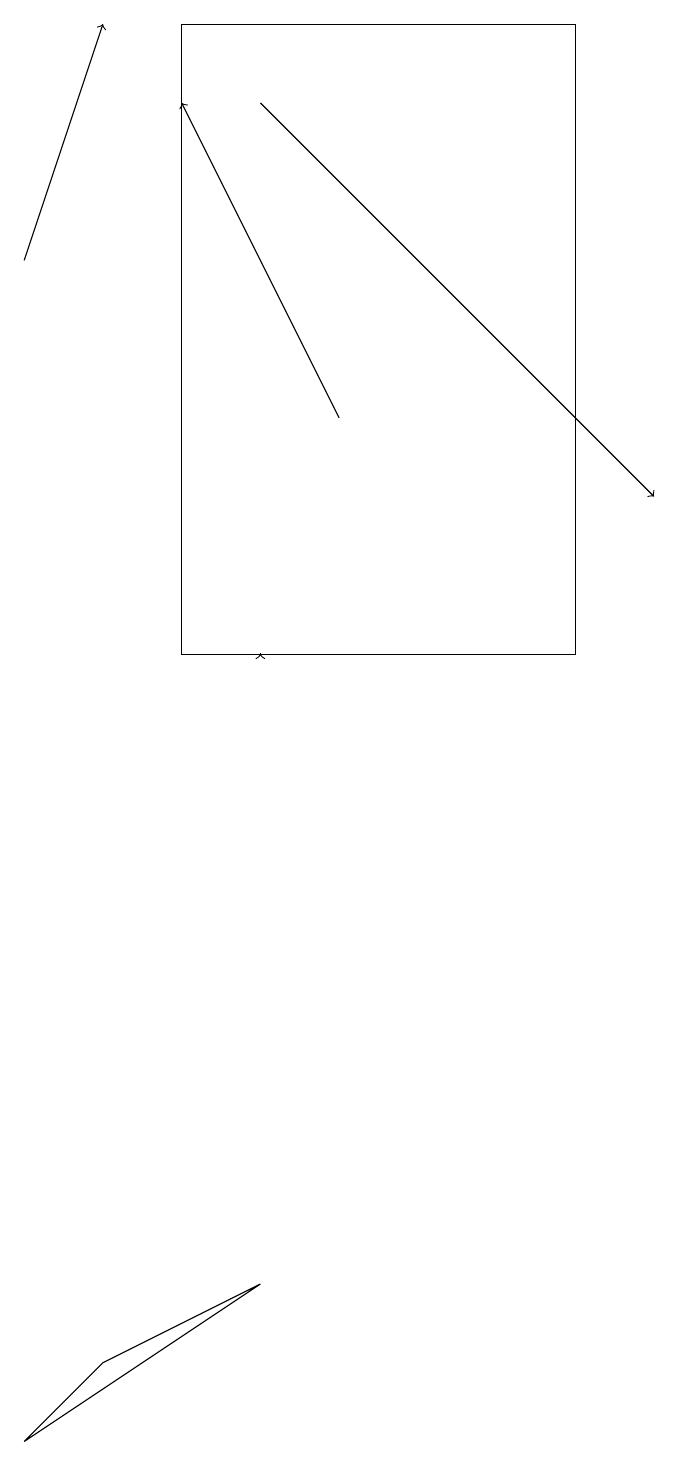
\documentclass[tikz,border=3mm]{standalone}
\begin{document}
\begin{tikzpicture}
\draw[->] (5,14) -- (3,18);
\draw[->] (1,16) -- (2,19);
\draw (3,19) rectangle (8,11);
\draw[->] (4,11) -- (4,11);
\draw[->] (4,18) -- (9,13);
\draw (2,2) -- (4,3) -- (1,1) -- cycle;
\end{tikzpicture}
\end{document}